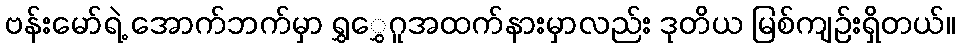
ဗန်းမော်ရဲ့ အောက်ဘက်မှာ ရွှွှေဂူအထက်နားမှာလည်း ဒုတိယ မြစ်ကျဉ်းရှိတယ်။